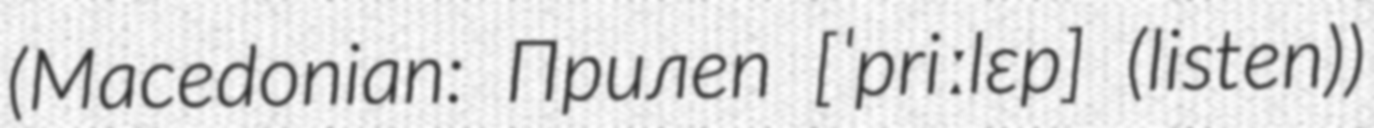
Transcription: (Macedonian: Прилеп [ˈpriːlɛp] (listen))